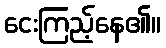
ငေးကြည့်နေ၏။